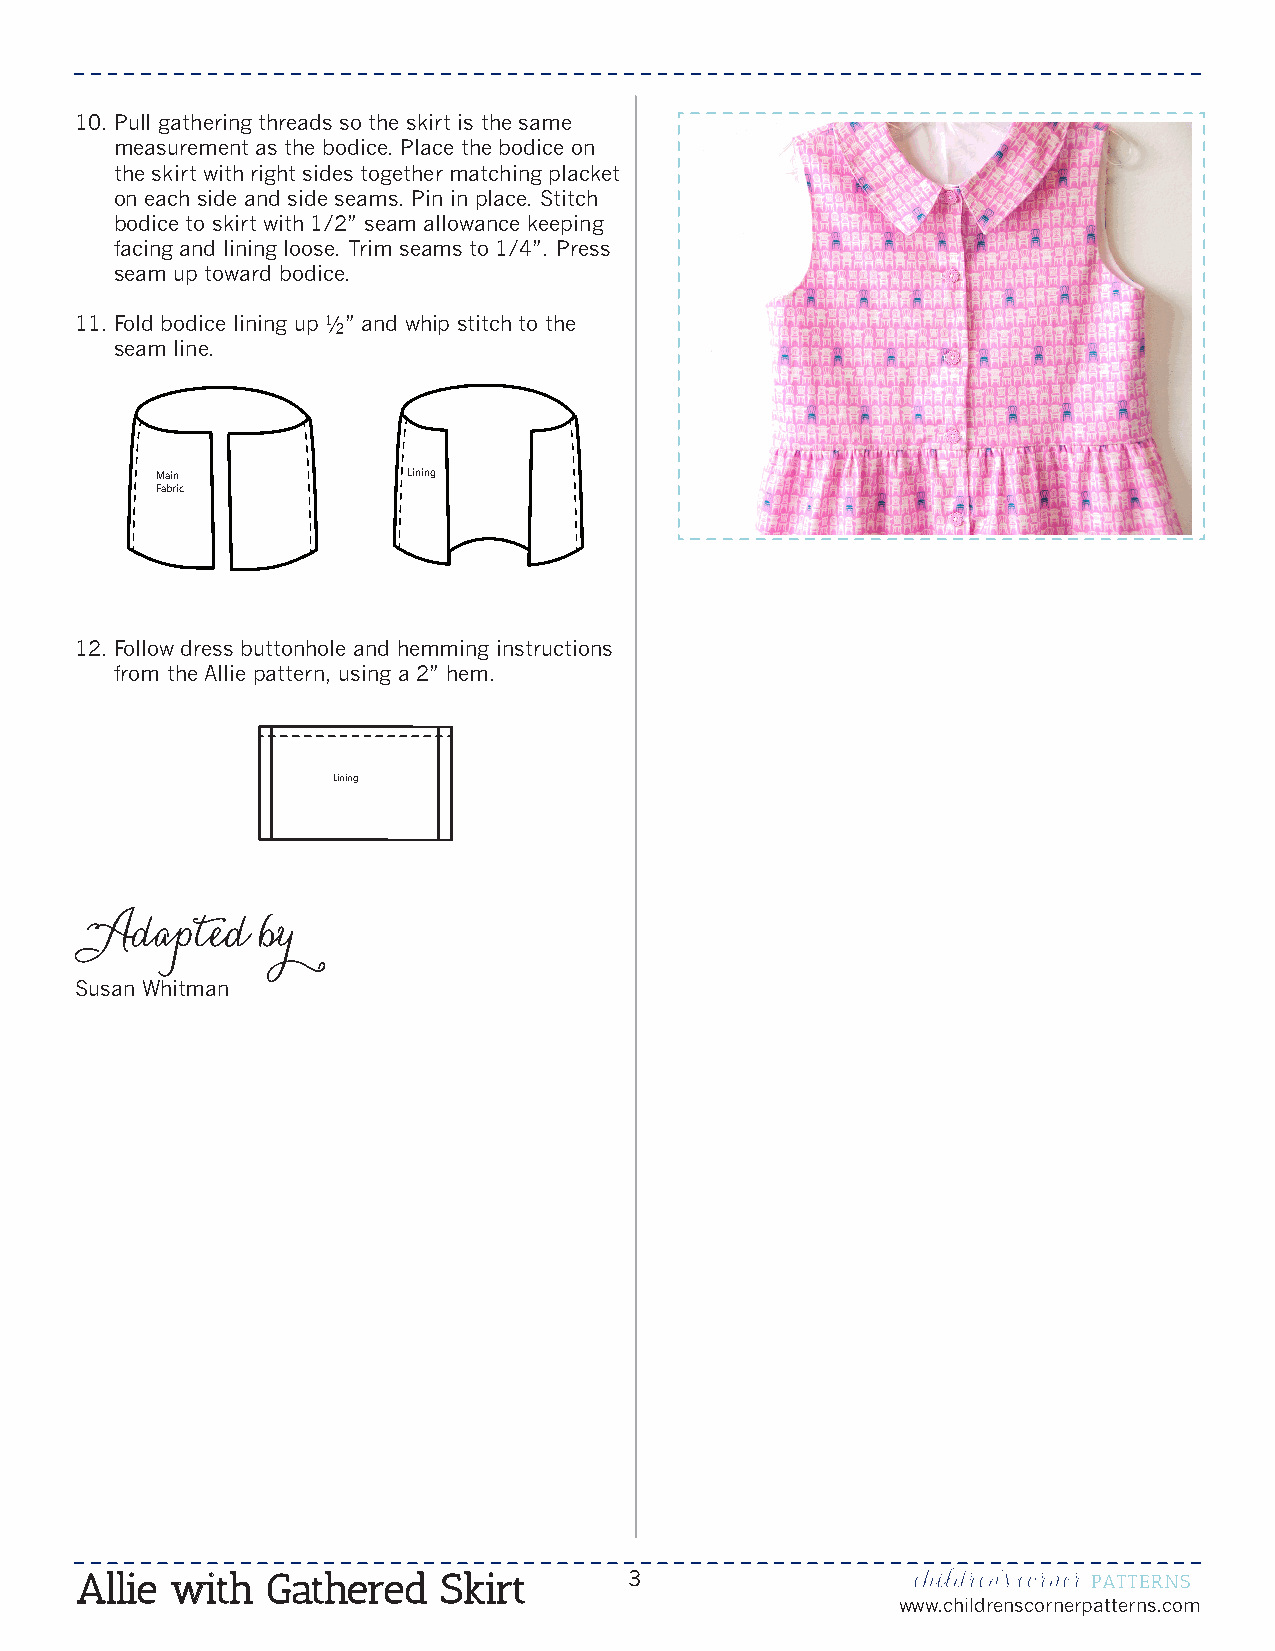
10. P ull gathering threads so the skirt is the same
 measurement as the bodice. Place the bodice on
 the skirt with right sides together matching placket
 on each side and side seams. Pin in place. Stitch
 bodice to skirt with 1/2” seam allowance keeping
 facing and lining loose. Trim seams to 1/4”. Press
 seam up toward bodice.
 11. F old bodice lining up ½” and whip stitch to the
 seam line.
 Main             Lining
 Fabric
 12. F ollow dress buttonhole and hemming instructions
 from the Allie pattern, using a 2” hem.
 Lining
 Adapted     by
 Susan Whitman
 Allie with   Gathered   Skirt        3
 www.childrenscornerpatterns.com